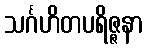
သင်္ဂဟိတပရိဇ္ဇနာ